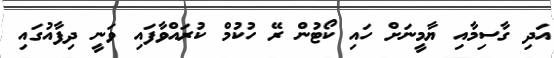
އަދި ގާސިމާއި ޔާމީނަށް ހައި ކޯޓުން ރޭ ހުކުމް ކުރައްވާފައި ވަނީ ދިފާއުގައި